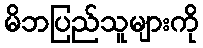
မိဘပြည်သူများကို